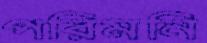
পরিমনি